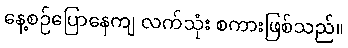
နေ့စဉ်ပြောနေကျ လက်သုံး စကားဖြစ်သည်။